Regulations for the medical services of the Army of India
Year: 1930
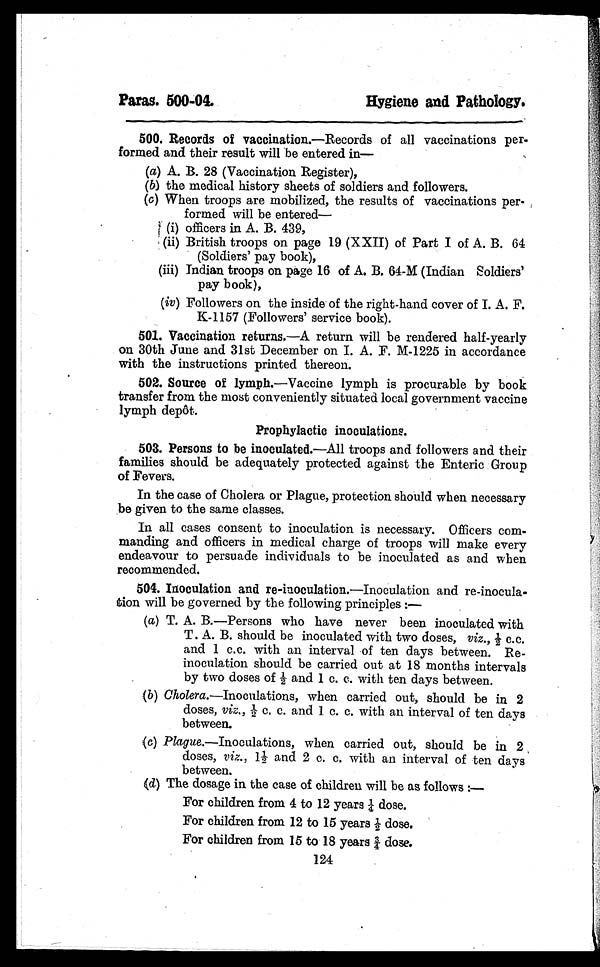
Paras. 500-04.
Hygiene and Pathology.
500. Records of vaccination.—Records of all vaccinations per-
formed and their result will be entered in—
(a) A. B. 28 (Vaccination Register),
(b) the medical history sheets of soldiers and followers.
(c)
When troops are mobilized, the results of vaccinations per-
formed will be entered
—
(i) officers in A. B. 439,
(ii) British troops on page 19 (XXII) of Part I of A. B. 64
(Soldiers' pay book),
(iii) Indian troops on page 16 of A. B. 64-M (Indian Soldiers'
pay book),
(iv) Followers on the inside of the right-hand cover of I. A. F.
K-1157 (Followers' service book).
501. Vaccination returns. —A return will be rendered half-yearly
on 30th June and 31st December on I. A. F. M-1225 in accordance
with the instructions printed thereon.
502. Source of lymph.—Vaccine lymph is procurable by book
transfer from the most conveniently situated local government vaccine
lymph depôt.
Prophylactic inoculations.
503. Persons to be inoculated. —All troops and followers and their
families should be adequately protected against the Enteric Group
of Fevers.
In the case of Cholera or Plague, protection should when necessary
be given to the same classes.
In all cases consent to inoculation is necessary. Officers com-
manding and officers in medical charge of troops will make every
endeavour to persuade individuals to be inoculated as and when
recommended.
504. Inoculation and re-inoculation. —Inoculation and re-inocula-
tion will be governed by the following principles :—
(a) T. A. B.—Persons who have never been inoculated with
T. A. B. should be inoculated with two doses, viz.,1 / 2
c . c .
and 1 c.c. with an interval of ten days between. Re-
inoculation should be carried out at 18 months intervals
by two doses of 1/2 and 1 c. c. with ten days between.
(b) Cholera. —Inoculations, when carried out, should be in 2
dos e s , vi z . , 1/ 2 c . c . a nd 1 c . c . wi t h a n i nt e r va l of t e n da ys
between.
(c) Plague. —Inoculations, when carried out, should be in 2
doses, viz., 11/2 and 2 c. c. with an interval of ten days
between.
(d) The dosage in the case of children will be as follows :
—
For children from 4 to 12 years 1/4 dose.
For children from 12 to 15 years 1/2 dose.
For children from 15 to 18 years 3/4 dose.
124